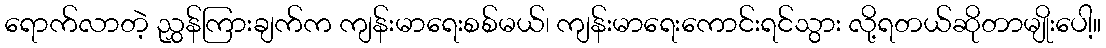
ရောက်လာတဲ့ ညွှန်ကြားချက်က ကျန်းမာရေးစစ်မယ်၊ ကျန်းမာရေးကောင်းရင်သွား လို့ရတယ်ဆိုတာမျိုးပေါ့။